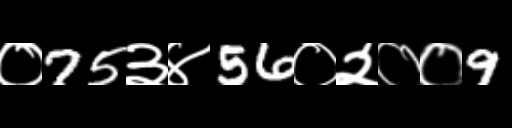
Text: ०75३४56०२००9